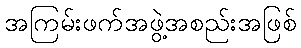
အကြမ်းဖက်အဖွဲ့အစည်းအဖြစ်